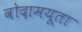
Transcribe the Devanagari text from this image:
वोदामयूता